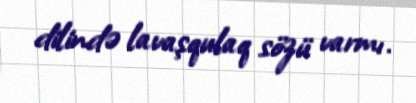
dilində lavaşqulaq sözü varmı.